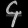
Digit: ၄